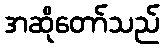
အဆိုတော်သည်